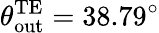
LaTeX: \theta_{\mathrm{out}}^{\mathrm{TE}}=38.79^{\circ}